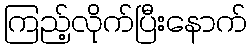
ကြည့်လိုက်ပြီးနောက်